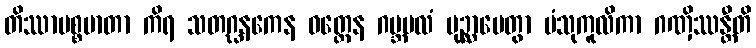
တိဿာမစ္စမာတာ ကိရ သတဂ္ဃနကေန ဝတ္ထေန ဂဗ္ဘမလံ ပုဉ္ဆာပေတွာ ပံသုကူလိကာ ဂဏှိဿန္တီတိ